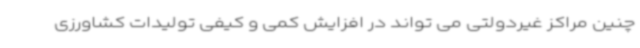
چنین مراکز غیردولتی می تواند در افزایش کمی و کیفی تولیدات کشاورزی